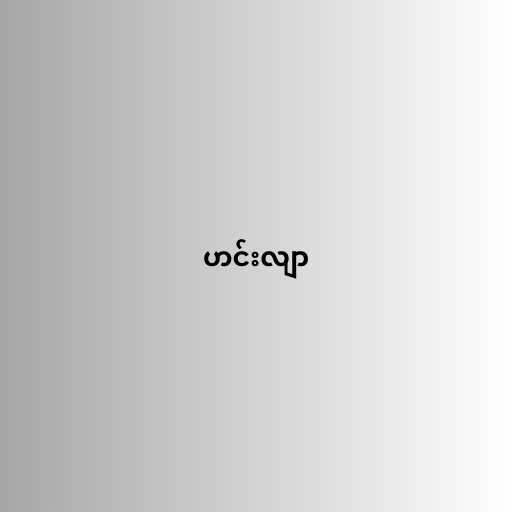
ဟင်းလျာ